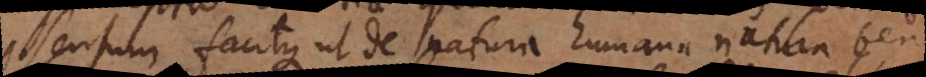
sensum facitque ut de natura humana bene